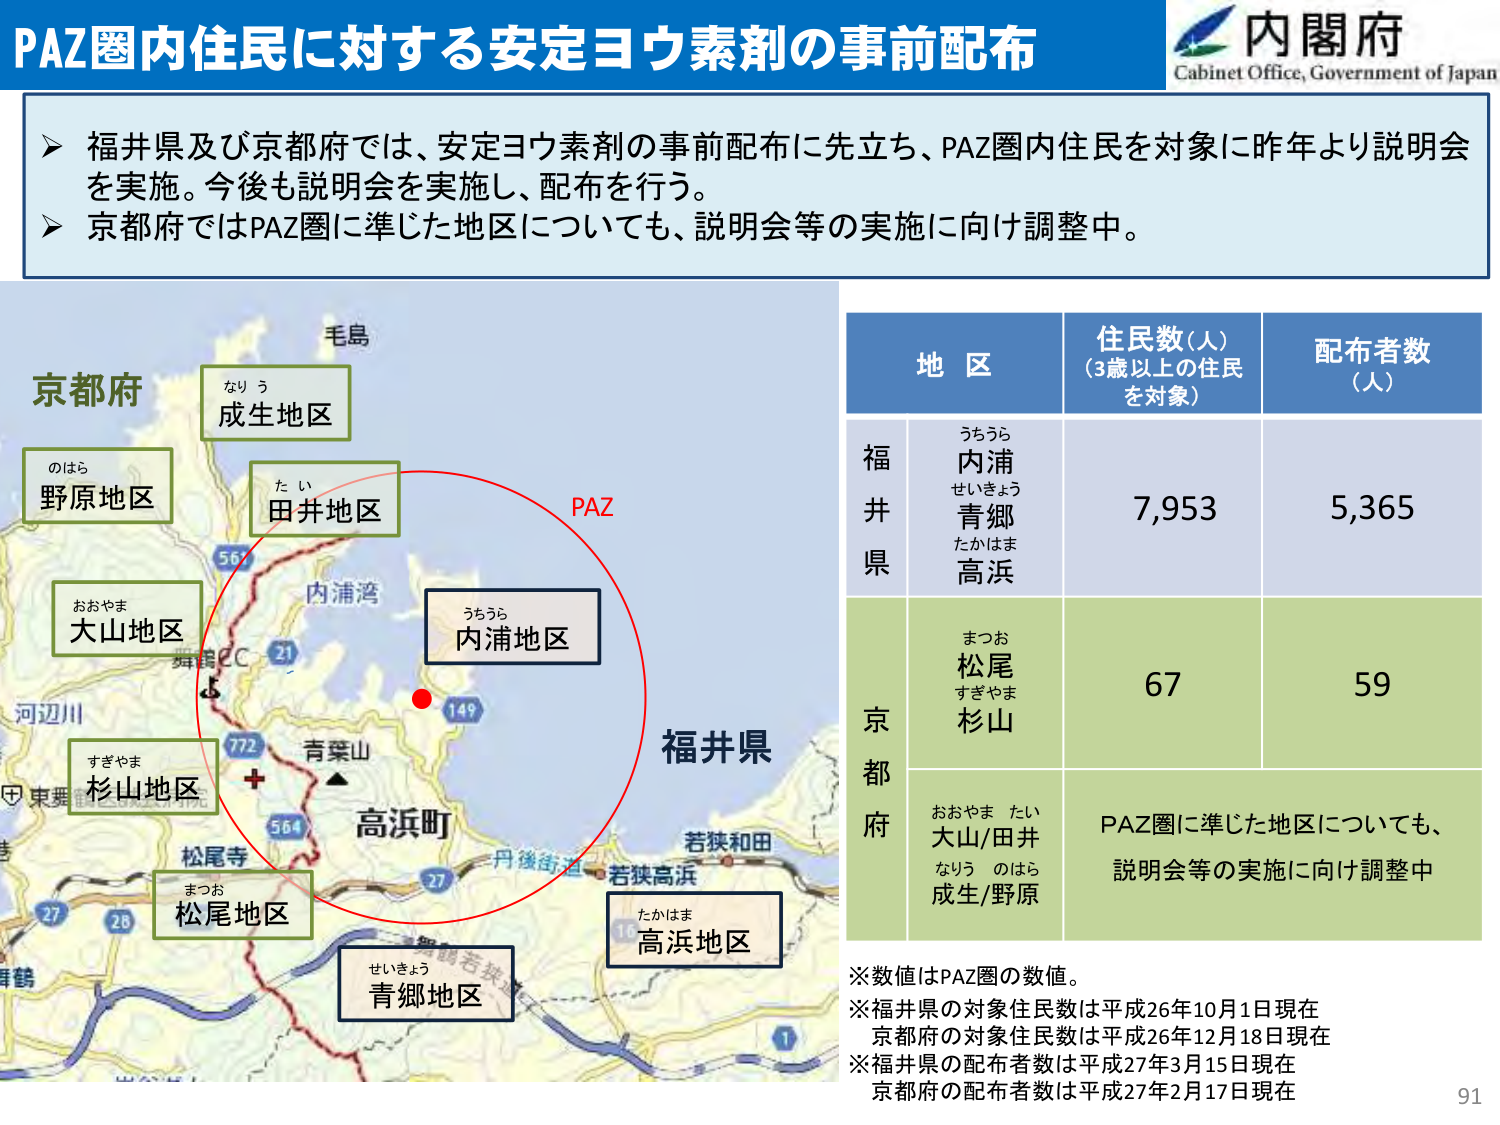
PAZ圏内住民に対する安定ヨウ素剤の事前配布
内閣府
Cabinet Office, Government of Japan

➤ 福井県及び京都府では、安定ヨウ素剤の事前配布に先立ち、PAZ圏内住民を対象に昨年より説明会を実施。今後も説明会を実施し、配布を行う。
➤ 京都府ではPAZ圏に準じた地区についても、説明会等の実施に向け調整中。

京都府
毛島
なりう
成生地区
たい
田井地区
のはら
野原地区
おおやま
大山地区
すぎやま
杉山地区
まつお
松尾地区
うちうら
内浦地区
高浜町
青葉山
河辺川
東舞鶴
舞鶴IC
56
21
772
564
27
丹後街道
若狭和田
若狭高浜
1
149
PAZ
福井県
たかはま
高浜地区
せいきょう
青郷地区
松尾寺

地 区
住民数（人）
（3歳以上の住民を対象）
配布者数（人）

福井県
うちうら
内浦
せいきょう
青郷
たかはま
高浜
7,953
5,365

京都府
まつお
松尾
すぎやま
杉山
67
59

おおやま たい
大山/田井
なりう のはら
成生/野原
PAZ圏に準じた地区についても、
説明会等の実施に向け調整中

※数値はPAZ圏の数値。
※福井県の対象住民数は平成26年10月1日現在
京都府の対象住民数は平成26年12月18日現在
※福井県の配布者数は平成27年3月15日現在
京都府の配布者数は平成27年2月17日現在

91